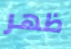
ظهر